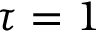
\tau = 1